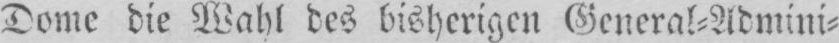
Dome die Wahl des bisherigen General⸗Admini⸗